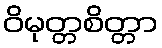
ဝိမုတ္တစိတ္တာ